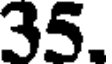
35.